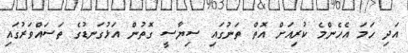
އަދި ހަމަ އެހެންމެ ކުރިއަށް އޮތް ތަނުގައި ސިޔާސީ ގޮތުން އަޅުގަނޑުގެ ތަސައްވަރުގައި